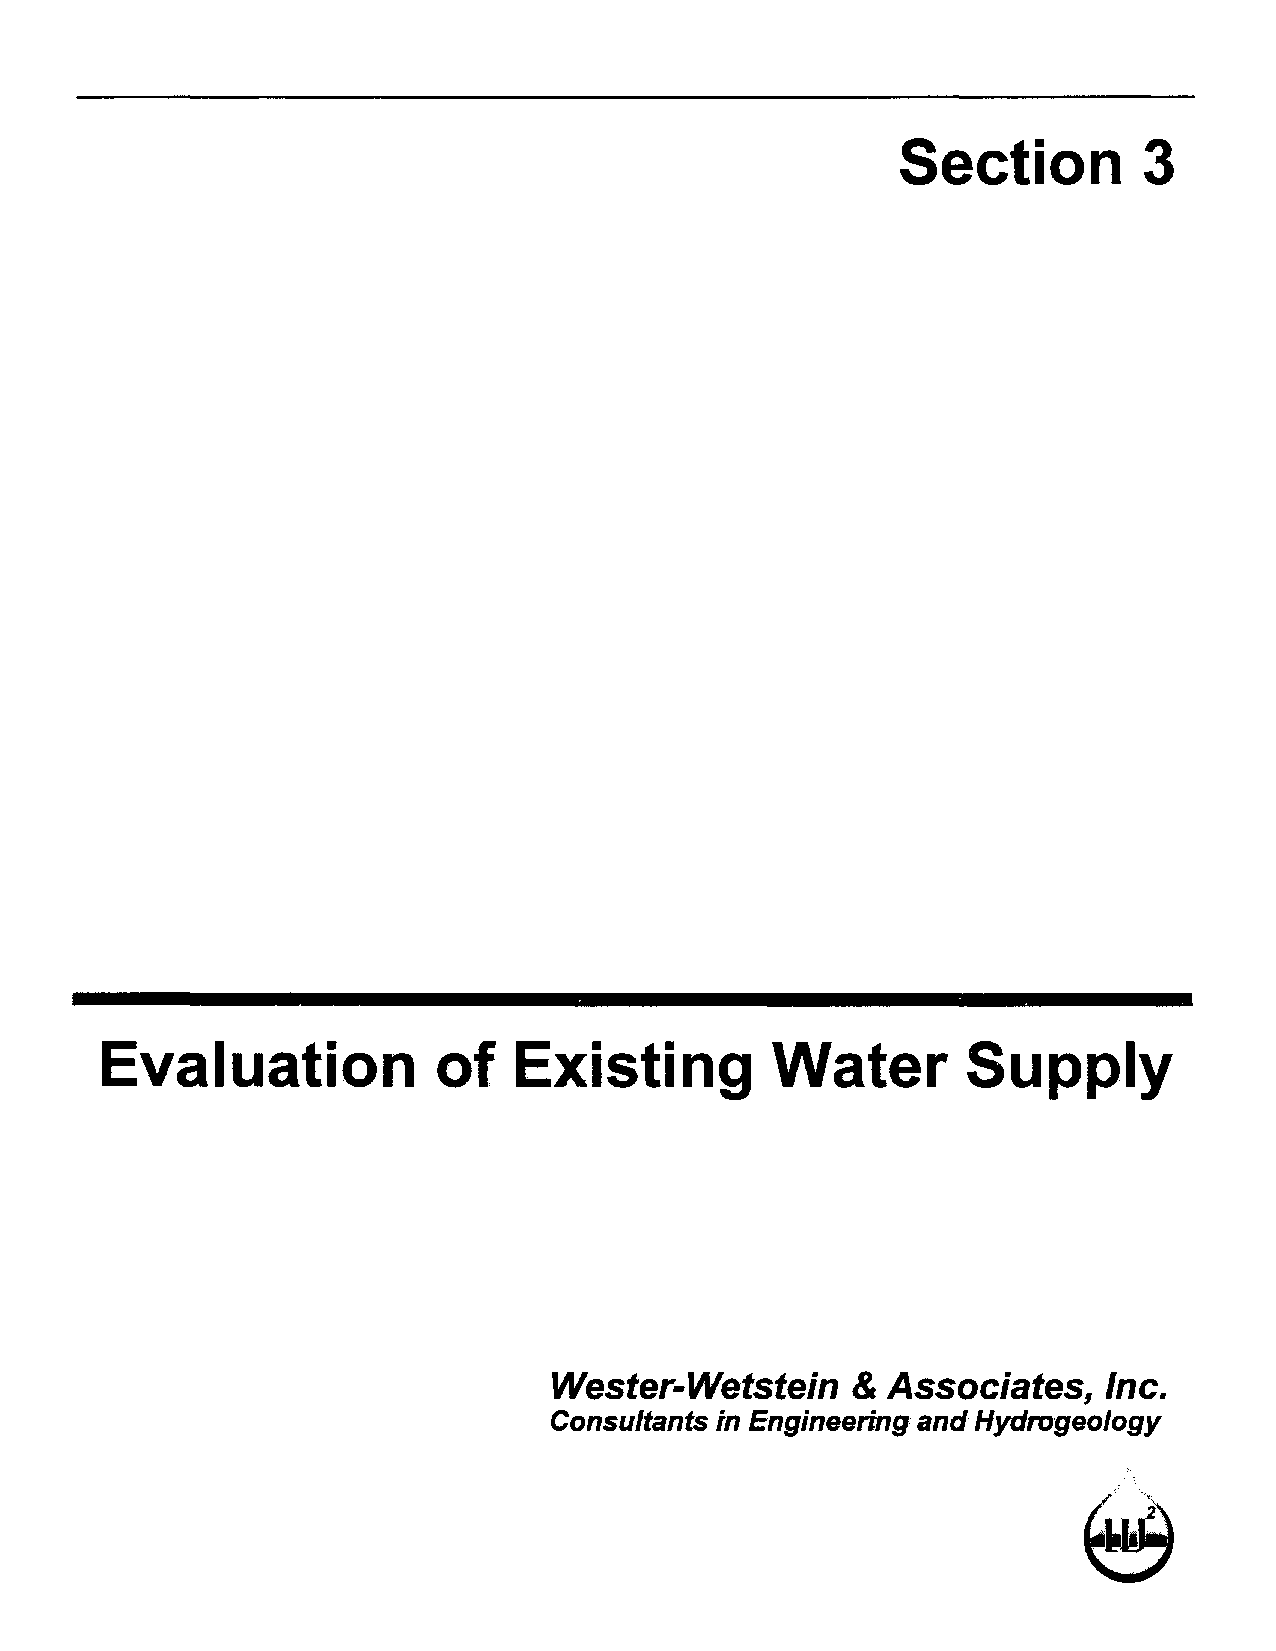
Section         3
 Evaluation            of   Existing         Water        Supply
 Wester-Wetstein    &  Associates,   Inc.
 Consultants in Engineering and Hydrogeology